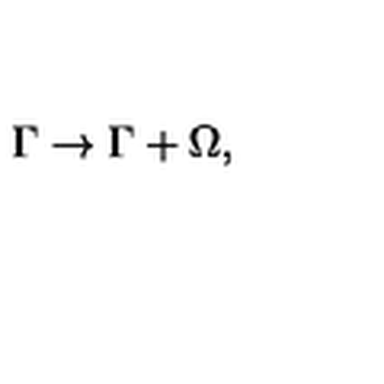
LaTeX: \Gamma \rightarrow \Gamma + \Omega ,